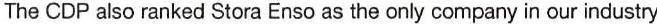
The CDP also ranked Stora Enso as the only company in our industry